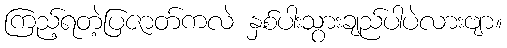
ကြည့်ရတဲ့ပြဇာတ်ကလဲ နှစ်ပါးသွားချည်ပါပဲလားဗျာ။